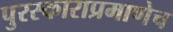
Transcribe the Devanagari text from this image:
पुरस्काराप्रमाणेच